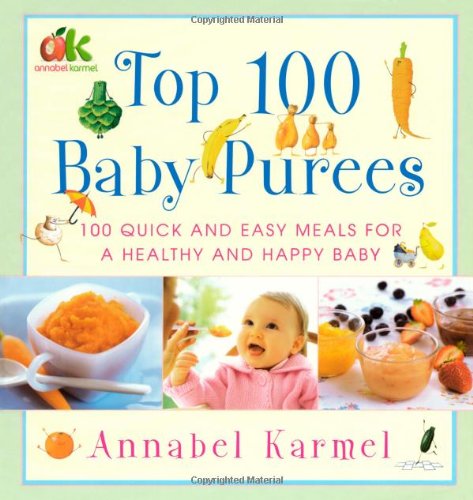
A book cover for Top 100 Baby Purees; Annabel Karmel; Cookbooks, Food & Wine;